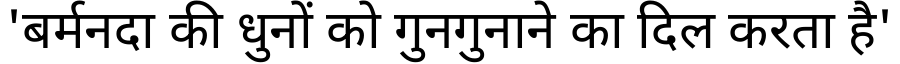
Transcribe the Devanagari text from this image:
'बर्मनदा की धुनों को गुनगुनाने का दिल करता है'